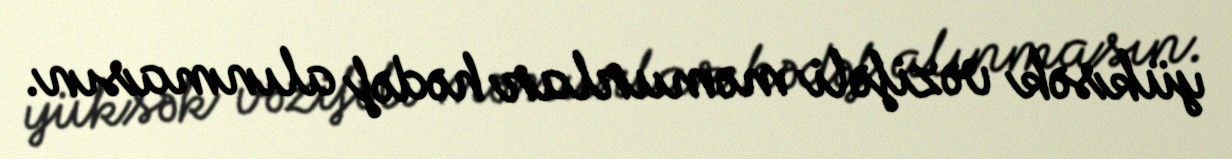
yüksək vəzifəli məmurlar hədəf alınmasın.